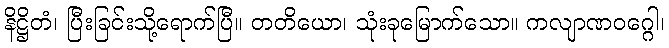
နိဋ္ဌိတံ၊ ပြီးခြင်းသို့ရောက်ပြီ။ တတိယော၊ သုံးခုမြောက်သော။ ကလျာဏဝဂ္ဂေါ၊